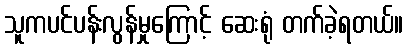
သူကပင်ပန်းလွန်မှုကြောင့် ဆေးရုံ တက်ခဲ့ရတယ်။